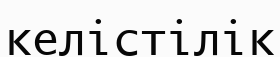
келістілік